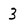
Character: 3